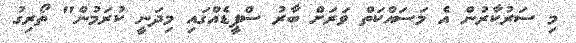
މި ސަރުކާރުން އެ މަސައްކަތް ވަރަށް ބާރު ސްޕީޑެއްގައި މިދަނީ ކުރަމުން" ތޯރިގު